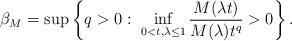
LaTeX: \begin{align*}\beta_M=\sup\left\{q>0:\,\, \inf_{0<t,\lambda\leq 1} \frac{M(\lambda t)}{M(\lambda)t^q}>0 \right\}.\end{align*}